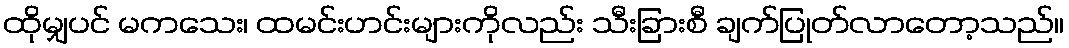
ထိုမျှပင် မကသေး၊ ထမင်းဟင်းများကိုလည်း သီးခြားစီ ချက်ပြုတ်လာတော့သည်။